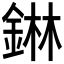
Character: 𮢅